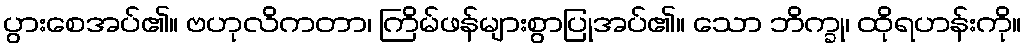
ပွားစေအပ်၏။ ဗဟုလိကတာ၊ ကြိမ်ဖန်များစွာပြုအပ်၏။ သော ဘိက္ခု၊ ထိုရဟန်းကို။